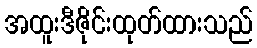
အထူးဒီဇိုင်းထုတ်ထားသည်